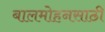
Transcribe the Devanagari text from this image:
बालमोहनसाठी